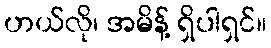
ဟယ်လို၊ အမိန့် ရှိပါရှင်။